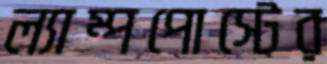
ল্যাম্পপোস্টের